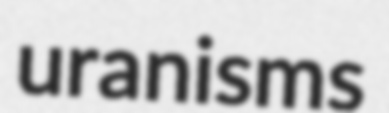
uranisms